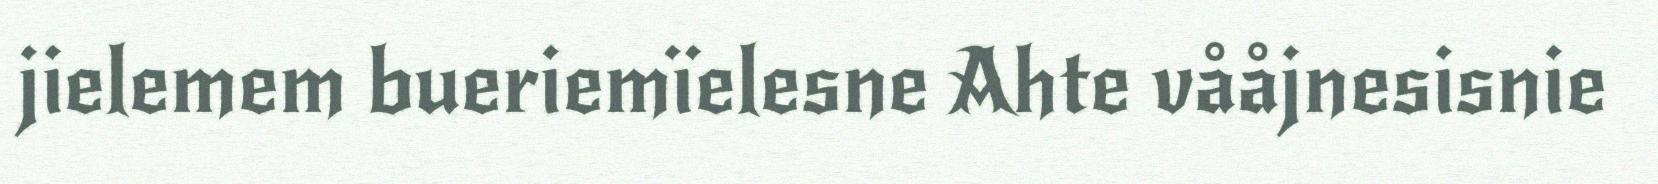
jielemem bueriemïelesne Ahte vååjnesisnie